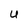
Character: U